Report on vaccination in Madras 1904-1921 - 1904-1921
Year: 1904
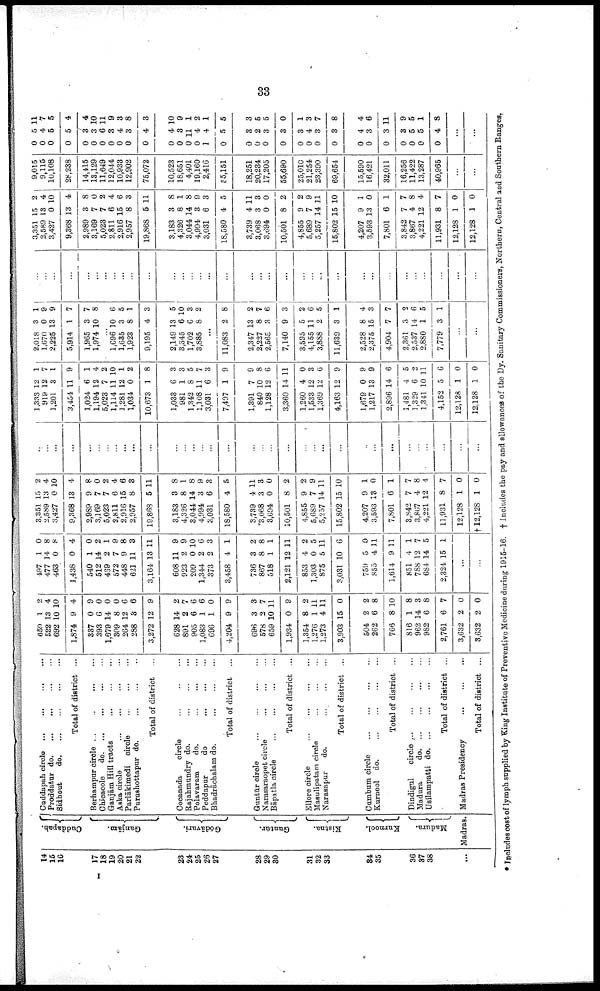
33
14
15
16
17
18
19
20
21
22
23
24
25
26
27
28
29
30
31
32
33
34
35
36
37
38
...
Cuddapah.
Granjām.
Gōdāvari.
Guntūr.
Kistna.
Kurnool.
Madura.
Madras.
Cuddapah circle
...
...
...
...
Proddatur d
o
. ... ... ... ...
Sidhout
d
o
. ... ... ... ...
Total of district ...
Berhampur circle
...
...
...
...
Chicacole
d
o
. ... ... ... ...
Granjām Hill tracts
...
...
...
Aska circle
...
...
...
...
Parlākimedi circle
...
...
...
Purushottapur do. ... ... ...
Total of district ...
Cocanada
circle
...
...
...
Rajahmundry do.
...
...
...
Polavaram
do. ... ... ...
Peddapur
do
...
...
...
Bhadrāchalam do.
...
...
...
Total of district ...
Guntūr circle
...
...
...
...
Narasaraopet circle
...
...
...
Bāpatla circle
...
...
...
...
Total of district ...
Ellore circle
...
...
...
...
Masulipatam circle ... ... ...
Narasapur
do.
...
...
...
Total of district ...
Cumbum circle ... ... ... ...
Kurnool do.
...
...
...
...
Total of district ...
Dindigul
circle
...
...
...
...
Madura
d
o
. ... ... ... ...
Usilampatti d
o
. ... ... ... ...
Total of district ...
Madras Presidency
...
...
...
Total of district ...
659
522
692
1,874
337
393
1,679
309
264
288
3,272
628
891
905
1,083
696
4,204
696
578
659
1,934
1,354
1,276
1,273
3,903
504
262
766
816
962
982
2,761
3,632
3,632
1
13
10
9
0
6
14
8
12
3
12
14
2
6
1
1
9
3
2
10
0
8
1
4
15
2
6
8
1
14
6
6
2
2
2
4
10
4
9
0
0
0
6
6
9
2
7
6
6
0
9
3
7
11
9
2
11
11
0
2
8
10
8
3
8
7
0
0
497
477
463
1,438
540
512
469
572
448
621
3,164
608
923
209
1,344
373
3,458
736
867
518
2,121
853
1,303
875
3,031
759
855
1,614
851
788
684
2,324
1
14
0
0
1
14
2
7
9
11
13
11
2
0
2
2
4
3
8
1
12
4
0
5
10
5
4
9
4
12
14
15
0
8
8
4
0
2
1
9
8
3
11
9
9
10
6
3
1
2
8
1
11
2
5
11
6
0
11
11
1
7
5
1
...
...
3,351
2,589
3,427
9,368
2,989
3,169
5,023
2,811
2,916
2,957
19,868
3,183
4,326
3,044
4,994
3,031
18,580
3,739
3,068
3,694
10,501
4,855
5,689
5,257
15,802
4,207
3,593
7,801
3,842
3,867
4,221
11,931
12,128
†12,128
15
13
0
13
9
7
7
6
15
8
5
3
8
14
3
6
4
4
3
0
8
9
7
14
15
9
13
6
7
4
12
8
1
1
2
4
10
4
8
0
2
4
6
3
11
8
1
8
9
3
5
11
3
0
2
2
9
11
10
1
0
1
7
8
4
7
0
0
...
...
...
...
...
...
...
...
...
...
...
...
...
...
...
...
...
...
...
...
...
...
...
...
...
...
...
...
...
...
...
...
...
...
1,333
919
1,201
3,454
1,024
1,194
5,023
1,114
1,281
1,034
10,673
1,033
981
1,342
1,108
3,031
7,497
1,391
840
1,128
3,360
1,260
1,533
1,369
4,163
1,679
1,217
2,896
1,481
1,329
1,341
4,152
12,128
12,128
12
12
3
11
6
12
7
11
12
0
1
6
1
8
11
6
1
7
10
12
14
4
12
12
12
0
13
14
4
6
10
5
1
1
1
7
1
9
1
4
2
10
1
2
8
3
3
5
7
3
9
9
8
6
11
0
3
6
9
9
9
6
5
2
11
6
0
0
2,018
l,670
2,225
5,914
1,965
1,974
3
0
13
1
3
10
1
9
9
7
7
8
...
1,696
1,635
1,923
9,195
2,149
3,345
1,702
3,885
10
3
8
4
13
6
6
8
6
5
1
3
5
10
3
2
...
11,083
2,347
2,227
2,565
7,140
3,595
4,155
3,888
11,639
2,528
2,375
4,904
2,361
2,537
2,880
7,779
2
13
8
3
9
5
11
2
3
8
15
7
3
14
1
3
8
2
7
6
3
2
6
5
1
4
3
7
2
6
5
1
...
...
...
...
...
...
...
...
...
...
...
...
...
...
...
...
...
...
...
...
...
...
...
...
...
...
...
...
...
...
...
...
...
...
...
...
3,351
2,589
3,427
9,368
2,989
3,169
5,023
2,811
2,916
2,957
19,868
3,183
4,326
3,044
4,994
3,031
18,580
3,739
3,068
3,694
10,501
4,855
5,689
5,257
15,802
4,207
3,593
7,801
3,842
3,867
4,221
11,931
12,128
12,128
15
13
0
13
3
7
7
6
15
8
5
3
8
14
3
6
4
4
3
0
8
9
7
14
15
9
13
6
7
4
12
8
1
1
2
4
10
4
8
0
2
4
6
3
11
8
1
8
9
3
5
11
3
0
2
2
9
11
10
1
0
1
7
8
4
7
0
0
9,015
9,115
10,108
28,238
14,115
13,129
11,649
12,044
10,933
12,902
75,072
10,523
18,651
4,401
19,160
2,416
55,151
18,251
20,234
17,205
55,690
25,010
21,254
23,390
69,654
15,590
16,421
32,011
16,256
11,422
13,287
40,965
...
...
0
0
0
0
0
0
0
0
0
0
0
0
0
0
0
1
0
0
0
0
0
0
0
0
0
0
0
0
0
0
0
0
5
4
5
5
3
3
6
3
4
3
4
4
3
11
4
4
5
3
2
3
3
3
4
3
3
4
3
3
3
5
5
4
11
7
5
4
4
10
11
9
3
8
3
10
9
1
2
1
5
3
5
5
0
1
3
7
8
4
6
11
9
5
1
8
...
...
* Includes cost of lymph supplied by King Institute of Preventive Medicine during 1915-16. † Includes the pay and allowances of the Dy. Sanitary Commissioners, Northern, Central and Southern Ranges.
I